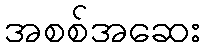
အစစ်အဆေး